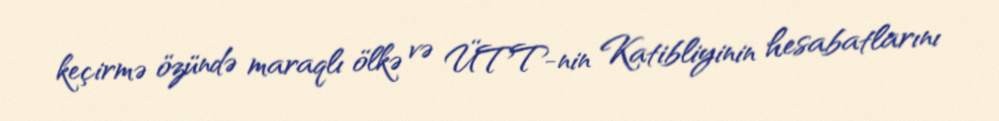
keçirmə özündə maraqlı ölkə və ÜTT-nin Katibliyinin hesabatlarını